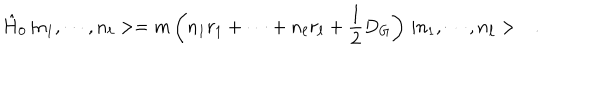
\hat { H } _ { 0 } \, | n _ { 1 } , \cdots , n _ { \ell } > = m \left( n _ { 1 } r _ { 1 } + \cdots + n _ { \ell } r _ { \ell } + \frac { 1 } { 2 } D _ { G } \right) \, | n _ { 1 } , \cdots , n _ { \ell } > \ \ \ .